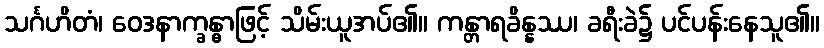
သင်္ဂဟိတံ၊ ဝေဒနာက္ခန္ဓာဖြင့် သိမ်းယူအပ်၏။ ကန္တာရခိန္နဿ၊ ခရီးခဲ၌ ပင်ပန်းနေသူ၏။